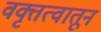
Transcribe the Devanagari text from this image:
वक्तृत्वातून